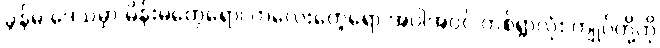
ခွန်မ ဒေသမှာ မိန်းမတွေရော၊ ကလေးတွေရော အပါအဝင် တစ်ရွာလုံး ကျုပ်တို့ကို